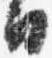
日